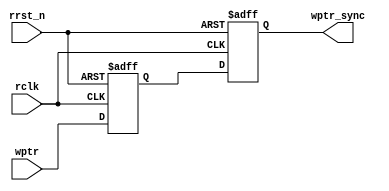
module SYNC_W2R #(parameter ASIZE = 4)
(
input                 rclk,               //read clock
input                 rrst_n,             //async read reset
input      [ASIZE:0]  wptr,               //write address from write clock region(gray code)
output reg [ASIZE:0]  wptr_sync           //the wptr synchronized to read clock
);

reg        [ASIZE:0]  wptr_d1;

always @(posedge rclk or negedge rrst_n)
	if(rrst_n == 1'b0)
		{wptr_sync, wptr_d1} <= 0;
    else
		{wptr_sync, wptr_d1} <= {wptr_d1, wptr};

endmodule